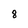
Character: 8